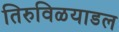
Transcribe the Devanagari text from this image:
तिरुविळयाडल